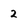
Character: 2